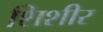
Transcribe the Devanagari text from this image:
शिशीर